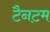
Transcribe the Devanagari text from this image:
टैनटम